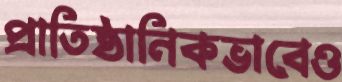
প্রাতিষ্ঠানিকভাবেও